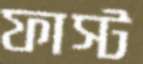
ফাস্ট